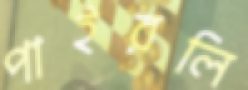
পাইরলি